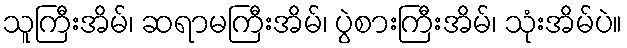
သူကြီးအိမ်၊ ဆရာမကြီးအိမ်၊ ပွဲစားကြီးအိမ်၊ သုံးအိမ်ပဲ။